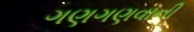
ગણગણવાની